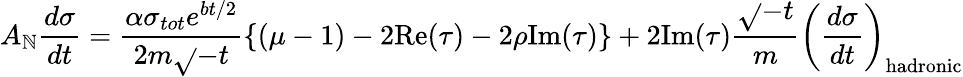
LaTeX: A_{\mathbb{N}}\frac{{d\sigma}}{{dt}}=\frac{{\alpha\sigma_{tot}e^{bt/2}}}{{2m\sqrt{}{{-t}}}}\{ (\mu-1)-2\mathrm{{Re}}(\tau)-2\rho\mathrm{{Im}}(\tau)\} +2\mathrm{{Im}}(\tau)\frac{{\sqrt{}{{-t}}}}{{m}}\left(\frac{{d\sigma}}{{dt}}\right)_{\mathrm{{hadronic}}}